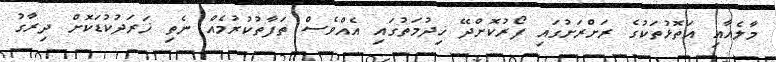
މާލެއާއި އަތޮޅުތަކުގެ ރަށްރަށުގައި ފޯރުކޮށްދޭ ޚިދުމަތުގައި އެއްވެސް ތަފާތުކުރުމެއް ނެތި ޚަރަދުކުޑަކޮށް ދިރާގު